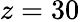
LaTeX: z=30